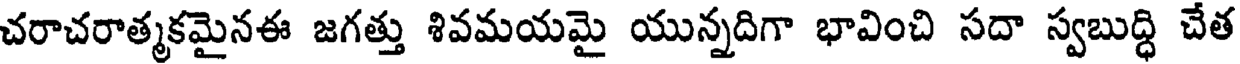
చరాచరాత్మకమైనఈ జగత్తు శివమయమై యున్నదిగా భావించి సదా స్వబుద్ధి చేత